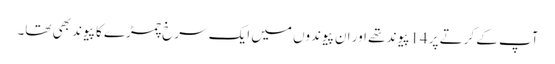
آپ کے کرتے پر 14پیوند تھے اور ان پیوندوں میں ایک سرخ چمڑے کا پیوند بھی تھا۔